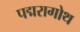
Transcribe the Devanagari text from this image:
पद्मरागोथ